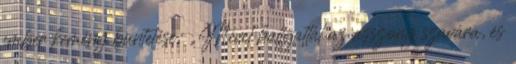
ember kemény büntetése: „Mivel hallgattál az asszony szavára, és